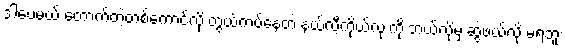
ဒါပေမယ့် တောက်တဲ့တစ်ကောင်လို တွယ်ကပ်နေတဲ့ နယ်လီ့ကိုယ်လုံးကို ဘယ်လိုမှ ဆွဲဖယ်လို့ မရဘူး